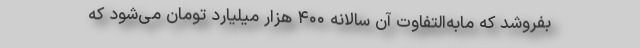
بفروشد که مابه‌التفاوت آن سالانه ۴۰۰ هزار میلیارد تومان می‌شود که